Vaccination United Provinces of Agra and Oudh 1923-1928 - 1923-1928
Year: 1923
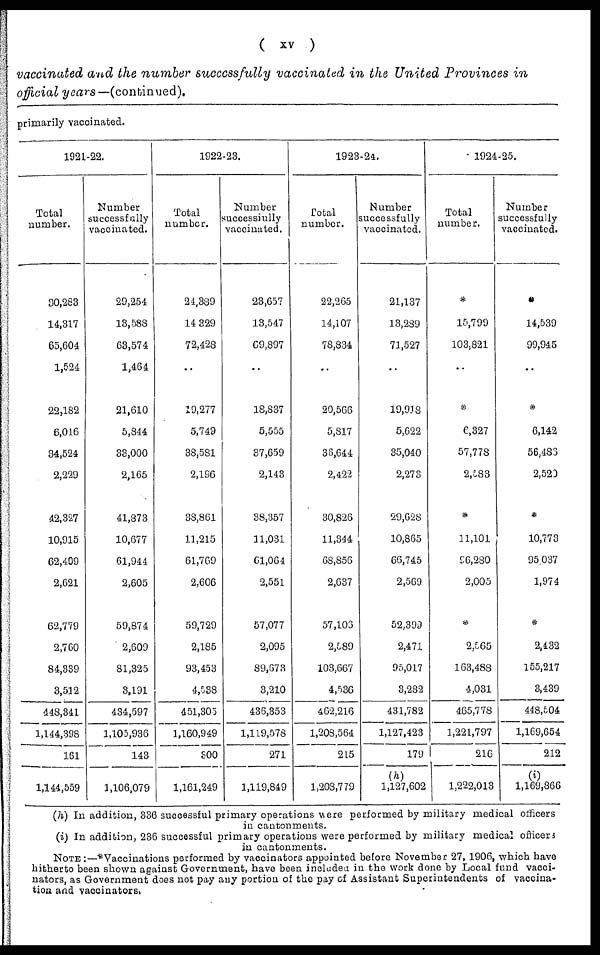
( xv )
vaccinated and the number successfully vaccinated in the United Provinces in
official years—(continued).
primarily vaccinated.
1921-22.
Total
number.
30,283
14,317
65,604
1,524
22,182
6,016
34,524
2,229
42,327
10,915
62,409
2,621
62,779
2,760
84,339
3,512
448,341
1,144,398
161
1,144,559
Number
successfully
vaccinated.
29,254
13,588
63,574
1,464
21,610
5,844
33,000
2,165
41,873
10,677
61,944
2,605
59,874
2,609
81,325
3,191
434,597
1,105,936
143
1,106,079
1922-23.
Total
number.
24,389
14,329
72,428
..
19,277
5,749
38,581
2,196
38,861
11,215
61,769
2,606
59,729
2,185
93,453
4,538
451,305
1,160,949
300
1,161,249
Number
successfully
vaccinated.
23,657
13,547
69,897
..
18,837
5,555
37,659
2,143
38,357
11,031
61,064
2,551
57,077
2,095
89,673
3,210
436,353
1,119,578
271
1,119,849
1923-24.
Total
number.
22,265
14,107
78,834
..
20,566
5,817
36,644
2,422
30,826
11,344
68,856
2,637
57,106
2,589
103,667
4,536
462,216
1,208,564
215
1,208,779
Number
successfully
vaccinated.
21,137
13,289
71,527
..
19,918
5,622
35,040
2,273
29,628
10,865
66,745
2,569
52,399
2,471
95,017
3,282
431,782
1,127,423
179
(h)
1,127,602
1924-25.
Total
number.
*
15,799
103,821
..
*
6,327
57,778
2,583
*
11,101
96,280
2,005
*
2,565
163,488
4,031
465,778
1,221,797
216
1,222,013
Number
successfully
vaccinated.
*
14,539
99,945
..
*
6,142
56,486
2,520
*
10,773
95,037
1,974
*
2,432
155,217
3,439
448,504
1,169,654
212
(i)
1,169,866
(h) In addition, 336 successful primary operations were performed by military medical officers
in cantonments.
(i) In addition, 236 successful primary operations were performed by military medical officers
in cantonments.
NOTE:—*Vaccinations performed by vaccinators appointed before November 27, 1906, which have
hitherto been shown against Government, have been included in the work done by Local fund vacci¬
nators, as Government does not pay any portion of the pay of Assistant Superintendents of vaccina-
tion and vaccinators.